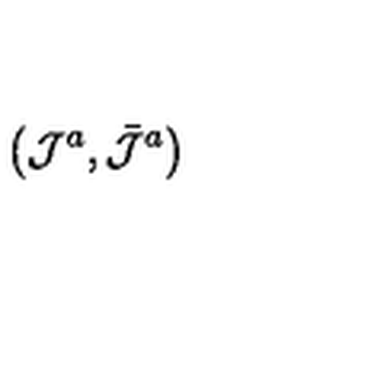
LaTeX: \left( \mathcal { J } ^ { a } , \bar { \mathcal { J } } ^ { a } \right) \,